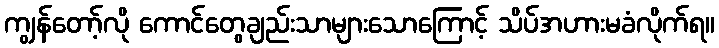
ကျွန်တော့်လို ကောင်တွေချည်းသာများသောကြောင့် သိပ်အဟားမခံလိုက်ရ။